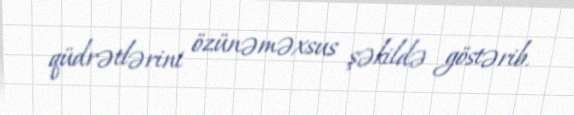
qüdrətlərini özünəməxsus şəkildə göstərib.